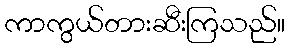
ကာကွယ်တားဆီးကြသည်။